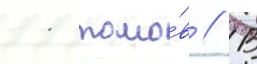
11 томо́в // В